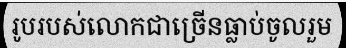
រូបរបស់លោកជាច្រើនធ្លាប់ចូលរួម